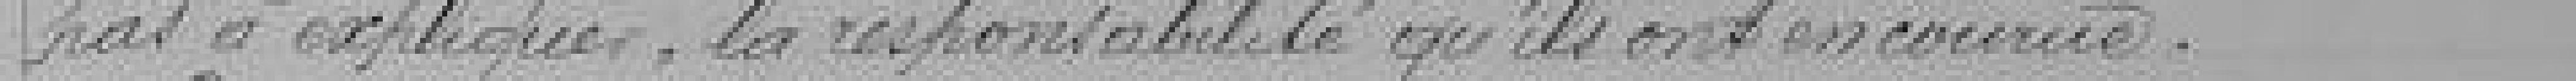
Dans peu de jours, du reste, nous saurons si l'opinion publique est